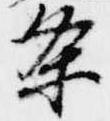
条